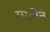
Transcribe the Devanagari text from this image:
गजीने